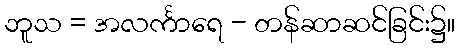
ဘူသ = အလင်္ကာရေ - တန်ဆာဆင်ခြင်း၌။